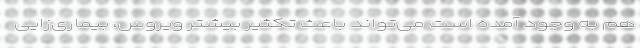
هم به وجود آمده است می‌تواند باعث تکثیر بیشتر ویروس،‌ بیماری‌زایی